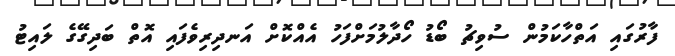
ފާރުގައި އަތްހާކަމުން ސުވިޗު ބޯޑު ހޯދާލުމަށްފަހު އެއްކޮށް އަނދިރިވެފައި އޮތް ބަދިގޭގެ ލައިޓު